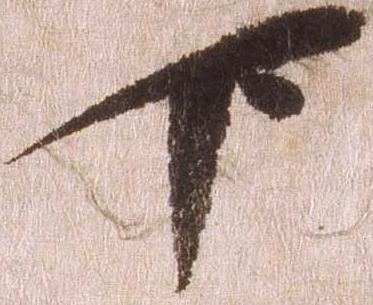
下